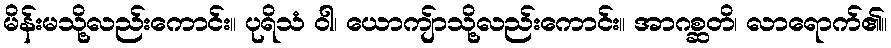
မိန်းမသို့လည်းကောင်း။ ပုရိသံ ဝါ၊ ယောကျ်ာသို့လည်းကောင်း။ အာဂစ္ဆတိ၊ လာရောက်၏။